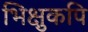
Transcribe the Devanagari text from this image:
भिक्षुकपि